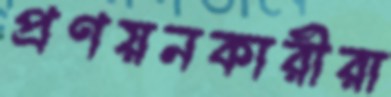
প্রণয়নকারীরা